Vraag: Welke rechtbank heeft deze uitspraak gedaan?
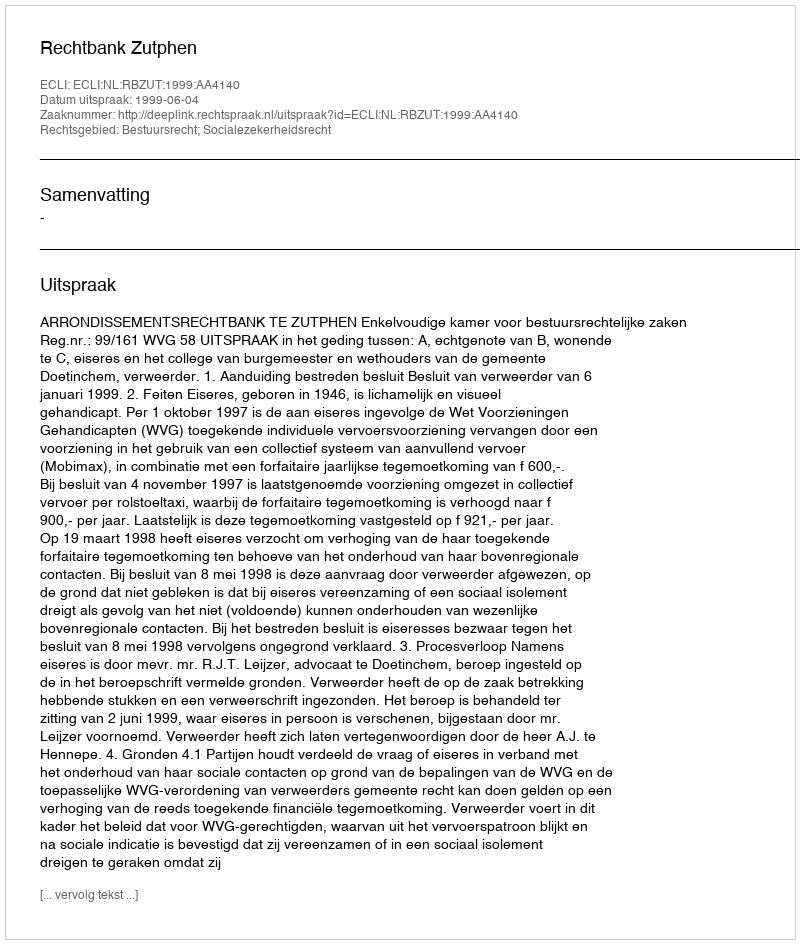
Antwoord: Rechtbank Zutphen